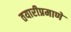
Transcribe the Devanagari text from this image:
तयारीप्रमाणे